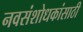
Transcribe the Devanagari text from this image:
नवसंशोधकांसाठी